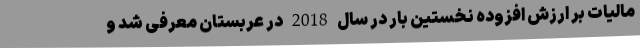
مالیات بر ارزش افزوده نخستین بار در سال 2018 در عربستان معرفی شد و